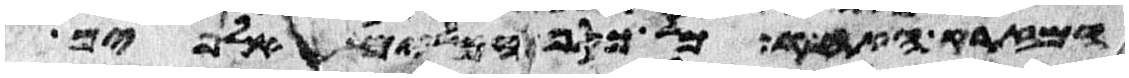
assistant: המזרק האחד כל כסף הכלים אלפים